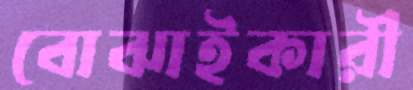
বোঝাইকারী